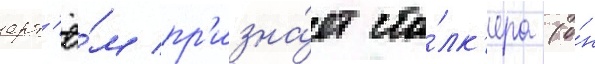
арт'ё́м пр'изна́ет ста́лк'ера (о́н